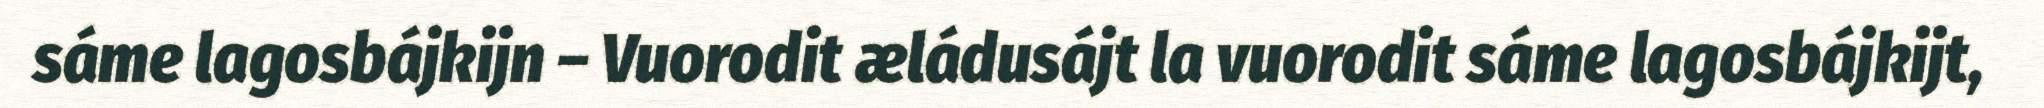
sáme lagosbájkijn – Vuorodit æládusájt la vuorodit sáme lagosbájkijt,